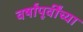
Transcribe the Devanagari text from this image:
वर्षांपूर्वींच्या